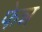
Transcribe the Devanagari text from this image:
फेन्न